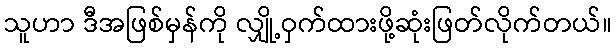
သူဟာ ဒီအဖြစ်မှန်ကို လျှို့ဝှက်ထားဖို့ဆုံးဖြတ်လိုက်တယ်။